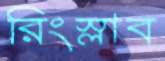
রিংস্লাব